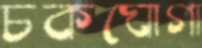
চকঘোগা